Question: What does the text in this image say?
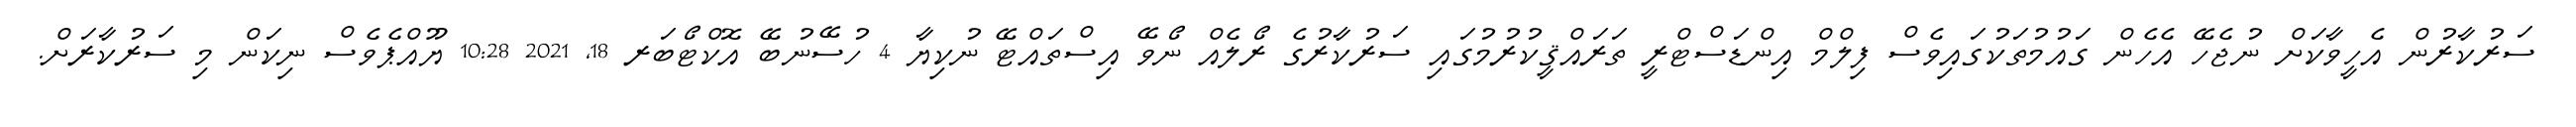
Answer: ސަރުކާރުން އެހީވާކަށް ނުޖެހޭ އެހެން ގައުމުތަކުގައިވެސް ފިލްމް އިންޑަސްޓްރީ ތަރައްޤީކުރުމުގައި ސަރުކާރުގެ ރޯލެއް ނޯވޭ އިސްތައްޓޭ ނުކިޔާ 4 ހުސޭނުބޭ އޮކްޓޯބަރ 18, 2021 10:28 ޔޫއްޕެވެސް ނިކަން މި ސަރުކާރަށް.